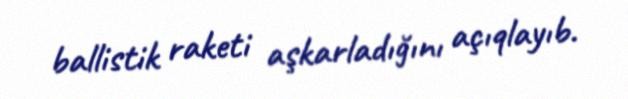
ballistik raketi aşkarladığını açıqlayıb.